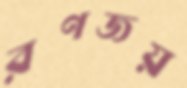
রণজয়